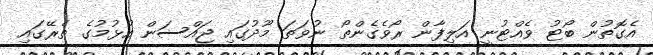
އެގޮތުން ބޯޓު ވެއްޓުނީ އަލިފާން ރޯވެގެންތޯ ނުވަތަ މޫދުގައި ޖައްސަން އުޅުމުގެ ތެރޭގައި